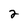
Character: 2